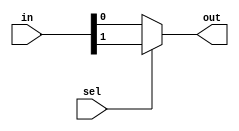
//Design the 2X1_MUX using the Behavioral Modeling 

module MUX_2x1(in,sel,out);
  input [1:0]in;
  input sel;
  output reg out;
  
  always @*
    begin
      out=sel?in[1]:in[0];
    end
  
endmodule

//Design the 2X1_MUX using the Dataflow Modeling 
/*
module MUX_2x1(in,sel,out);
  input [1:0]in;
  input sel;
  output out;
  
  assign out=sel?in[1]:in[0];
  
endmodule
*/

//Design the 2X1_MUX using the Gate level Modeling 
/*
module MUX_2x1(in,sel,out);
  input [1:0]in;
  input sel;
  output out;
  
  wire i0,i1,s0; //declaration of intermediate wires
 
  not g1(s0,sel);
  and g2(i0,in[0],s0);
  and g3(i1,in[1],sel);
  or g4(out,i0,i1);
  
endmodule
*/